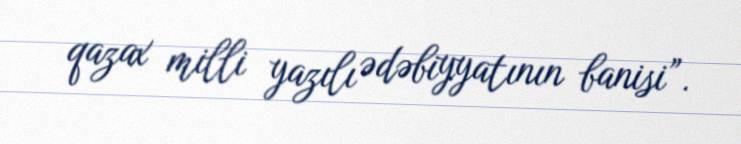
qazax milli yazılı ədəbiyyatının banisi”.